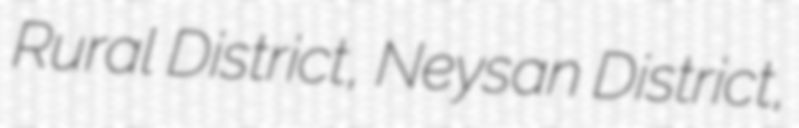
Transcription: Rural District, Neysan District,